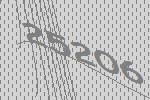
25206